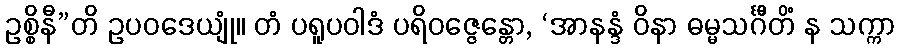
ဥစ္စိနီ”တိ ဥပဝဒေယျုံ။ တံ ပရူပဝါဒံ ပရိဝဇ္ဇေန္တော, ‘အာနန္ဒံ ဝိနာ ဓမ္မသင်္ဂီတိံ န သက္ကာ